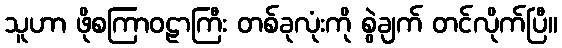
သူဟာ ဖိုစကြာဝဠာကြီး တစ်ခုလုံးကို စွဲချက် တင်လိုက်ပြီ။